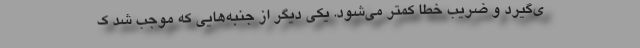
ی‌گیرد و ضریب خطا کمتر می‌شود. یکی دیگر از جنبه‌هایی که موجب شد ک